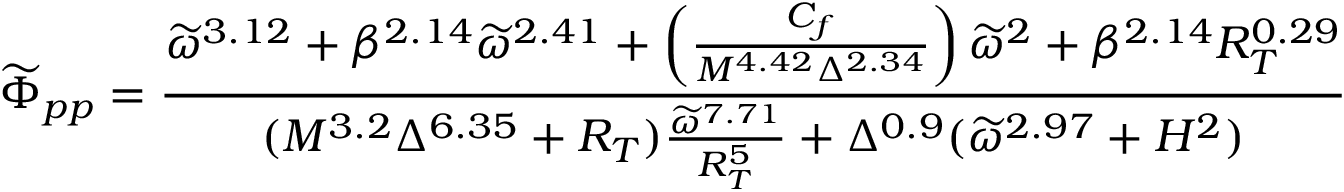
\widetilde \Phi _ { p p } = \frac { \widetilde \omega ^ { 3 . 1 2 } + \beta ^ { 2 . 1 4 } \widetilde \omega ^ { 2 . 4 1 } + \left( \frac { C _ { f } } { M ^ { 4 . 4 2 } \Delta ^ { 2 . 3 4 } } \right) \widetilde \omega ^ { 2 } + \beta ^ { 2 . 1 4 } R _ { T } ^ { 0 . 2 9 } } { ( M ^ { 3 . 2 } \Delta ^ { 6 . 3 5 } + R _ { T } ) \frac { \widetilde \omega ^ { 7 . 7 1 } } { R _ { T } ^ { 5 } } + \Delta ^ { 0 . 9 } ( \widetilde \omega ^ { 2 . 9 7 } + H ^ { 2 } ) }